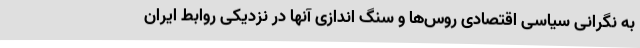
به نگرانی سیاسی اقتصادی روس‌ها و سنگ اندازی آنها در نزدیکی روابط ایران